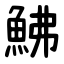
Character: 鮄